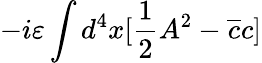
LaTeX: -i\varepsilon\int d^{4}x[\frac{1}{2}A^{2}-\overline{{{c}}}c]